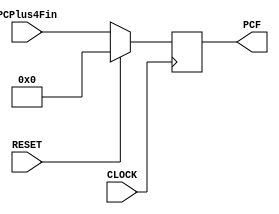
`timescale 100fs/100fs
//this file implements the first part to set PC register
module PCReg(CLOCK,RESET,PCPlus4Fin,PCF);

input CLOCK,RESET;
input [31:0] PCPlus4Fin;
output reg [31:0] PCF;

always @(posedge CLOCK)
begin
    if(RESET!=1)
        PCF = PCPlus4Fin;
    else begin
        PCF <= 0;
    end
end

endmodule